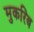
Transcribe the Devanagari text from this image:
मुकरिंब